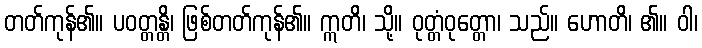
တတ်ကုန်၏။ ပဝတ္တန္တိ၊ ဖြစ်တတ်ကုန်၏။ ဣတိ၊ သို့။ ဝုတ္တံဝုတ္တော၊ သည်။ ဟောတိ၊ ၏။ ဝါ၊